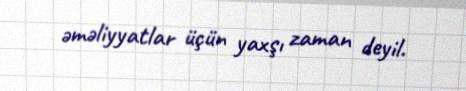
əməliyyatlar üçün yaxşı zaman deyil.